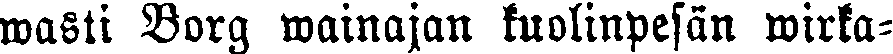
wasti Borg wainajan kuolinpesän wirka-